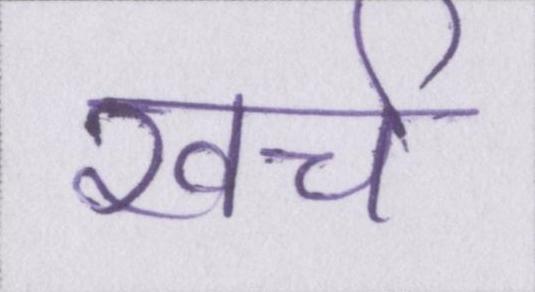
खर्च